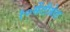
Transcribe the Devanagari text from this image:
१०सेंटीग्रेड